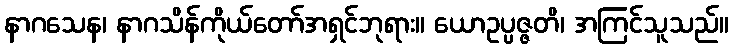
နာဂသေန၊ နာဂသိန်ကိုယ်တော်အရှင်ဘုရား။ ယောဥပ္ပဇ္ဇတိ၊ အကြင်သူသည်။